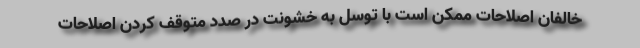
خالفان اصلاحات ممکن است با توسل به خشونت در صدد متوقف کردن اصلاحات